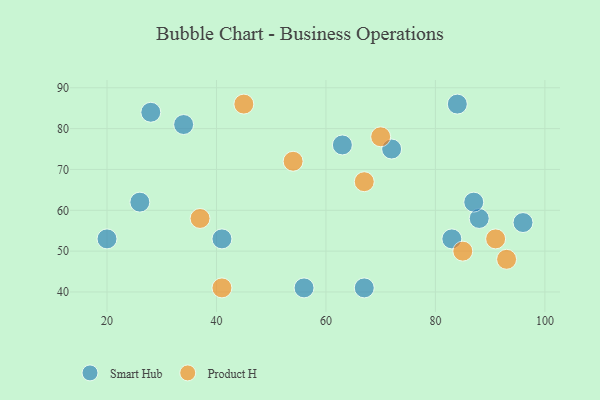
{"axis": {"x": "GDP", "y": "Life Expectancy"}, "legend": ["Product H", "Smart Hub"], "data": [{"x": "83", "y": 53, "type": "Smart Hub"}, {"x": "72", "y": 75, "type": "Smart Hub"}, {"x": "96", "y": 57, "type": "Smart Hub"}, {"x": "20", "y": 53, "type": "Smart Hub"}, {"x": "41", "y": 53, "type": "Smart Hub"}, {"x": "88", "y": 58, "type": "Smart Hub"}, {"x": "87", "y": 62, "type": "Smart Hub"}, {"x": "84", "y": 86, "type": "Smart Hub"}, {"x": "56", "y": 41, "type": "Smart Hub"}, {"x": "26", "y": 62, "type": "Smart Hub"}, {"x": "34", "y": 81, "type": "Smart Hub"}, {"x": "28", "y": 84, "type": "Smart Hub"}, {"x": "67", "y": 41, "type": "Smart Hub"}, {"x": "63", "y": 76, "type": "Smart Hub"}, {"x": "93", "y": 48, "type": "Product H"}, {"x": "41", "y": 41, "type": "Product H"}, {"x": "37", "y": 58, "type": "Product H"}, {"x": "54", "y": 72, "type": "Product H"}, {"x": "45", "y": 86, "type": "Product H"}, {"x": "85", "y": 50, "type": "Product H"}, {"x": "91", "y": 53, "type": "Product H"}, {"x": "70", "y": 78, "type": "Product H"}, {"x": "67", "y": 67, "type": "Product H"}]}